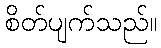
စိတ်ပျက်သည်။